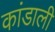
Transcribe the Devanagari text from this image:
कांडाली